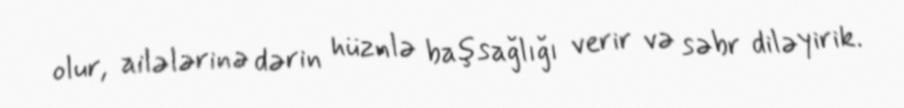
olur, ailələrinə dərin hüznlə başsağlığı verir və səbr diləyirik.